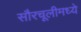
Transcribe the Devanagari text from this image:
सौरचूलीमध्ये